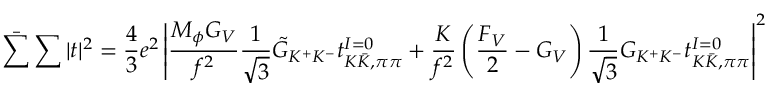
\bar { \sum } \sum | t | ^ { 2 } = \frac { 4 } { 3 } e ^ { 2 } \left| \frac { M _ { \phi } G _ { V } } { f ^ { 2 } } \frac { 1 } { \sqrt { 3 } } \tilde { G } _ { K ^ { + } K ^ { - } } t _ { K \bar { K } , \pi \pi } ^ { I = 0 } + \frac { K } { f ^ { 2 } } \left( \frac { F _ { V } } { 2 } - G _ { V } \right) \frac { 1 } { \sqrt { 3 } } G _ { K ^ { + } K ^ { - } } t _ { K \bar { K } , \pi \pi } ^ { I = 0 } \right| ^ { 2 }